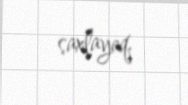
saxlayaq.